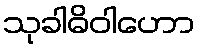
သုခါဓိဝါဟော